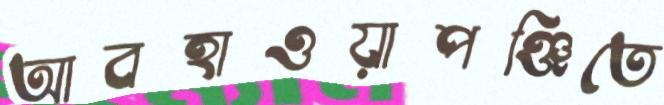
আবহাওয়াপঞ্জিতে